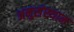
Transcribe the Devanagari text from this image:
अनुसंस्थान